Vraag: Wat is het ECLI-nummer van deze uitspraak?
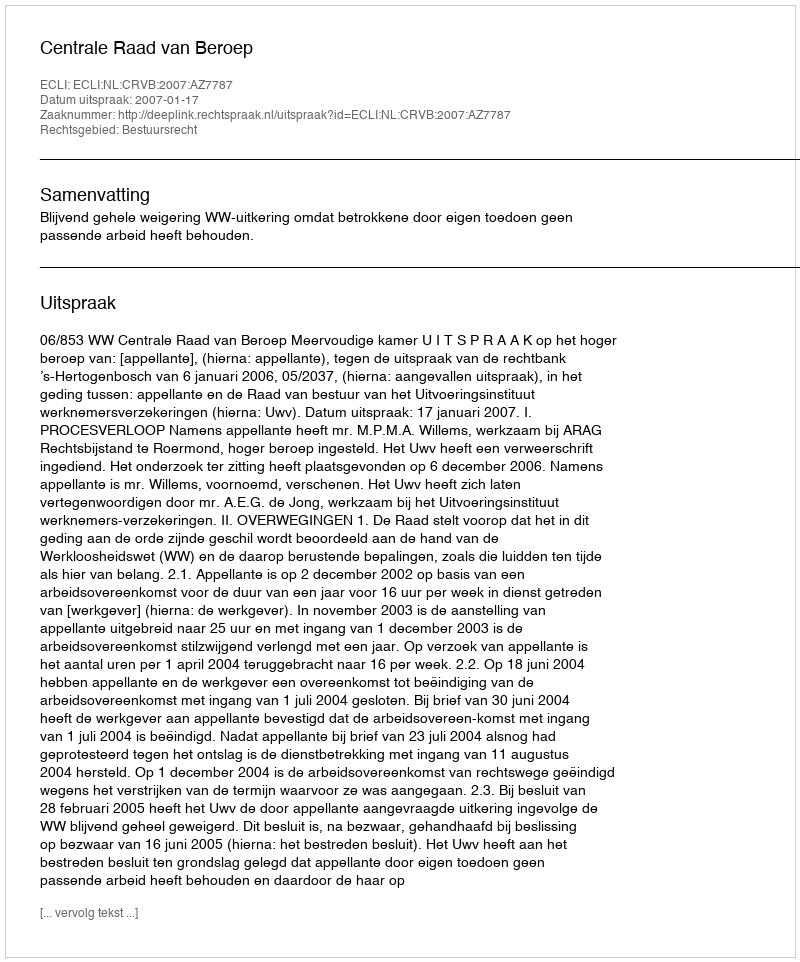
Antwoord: ECLI:NL:CRVB:2007:AZ7787